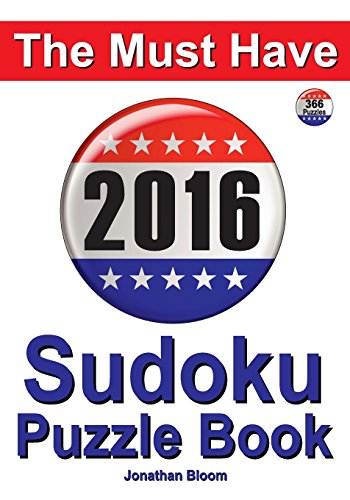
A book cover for The Must Have 2016 Sudoku Puzzle Book: 366 puzzle daily sudoku book for the leap year. A challenge for every day of the year. 366 Sudoku Games - 5 levels of difficulty (easy to hard); Jonathan Bloom; Humor & Entertainment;